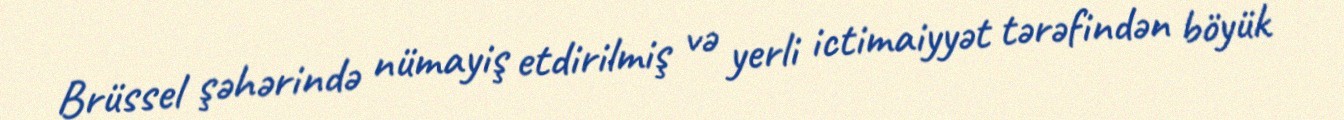
Brüssel şəhərində nümayiş etdirilmiş və yerli ictimaiyyət tərəfindən böyük